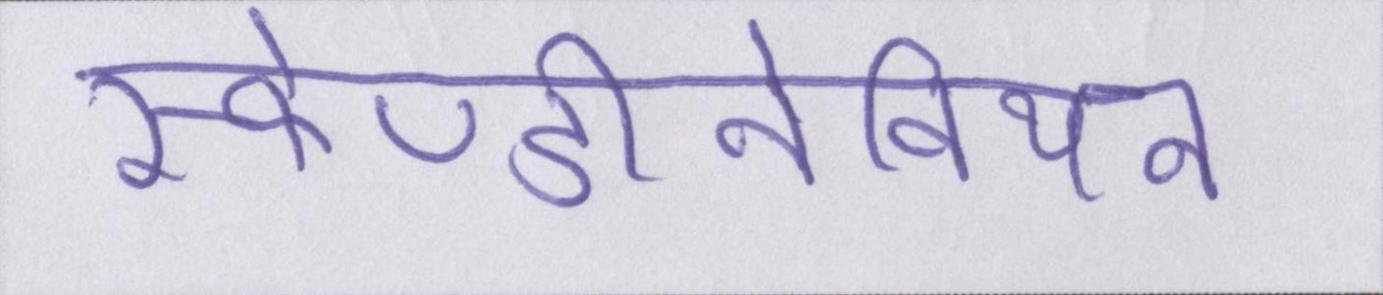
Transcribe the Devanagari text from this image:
स्केण्डीनेवियन